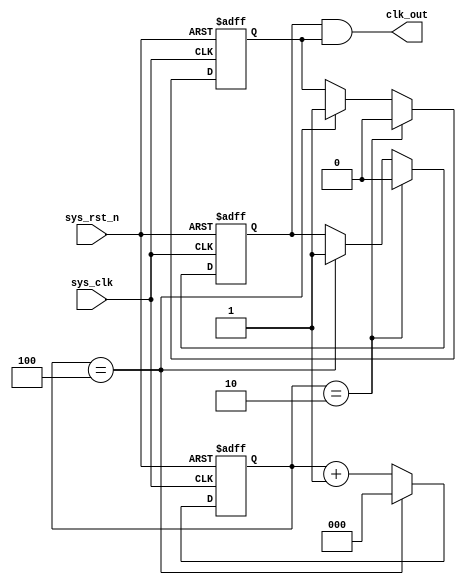
`timescale  1ns/1ns
///////////////////////////////////////////////////////////////////////////
// Module Name   : divider_five
// Project Name  : divider_five
// Target Devices: Altera EP4CE10F17C8N
// Tool Versions : Quartus 13.0
// Description   : 
//
// Revision      : V1.0
// Additional Comments:
// 
// : _Pro_FPGA
//     : http://www.embedfire.com
//     : http://www.firebbs.cn
//     : https://fire-stm32.taobao.com
//////////////////////////////////////////////////////////////////////////


//1
module  divider_five
(
    input   wire    sys_clk     ,   //50Mhz
    input   wire    sys_rst_n   ,   //

    output  wire    clk_out         //5
);

//********************************************************************//
//****************** Parameter and Internal Signal *******************//
//********************************************************************//
//reg   define
reg     [2:0]   cnt;
reg             clk1;
reg             clk2;

//********************************************************************//
//***************************** Main Code ****************************//
//********************************************************************//
//cnt:04
always@(posedge sys_clk or negedge sys_rst_n)
    if(sys_rst_n == 1'b0)
        cnt <= 3'b0;
    else    if(cnt == 3'd4)
        cnt <= 3'b0;
    else
        cnt <= cnt + 1'b1;

//clk1:23
always@(posedge sys_clk or negedge sys_rst_n)
    if(sys_rst_n == 1'b0)
        clk1 <= 1'b1;
    else    if(cnt == 3'd2)
        clk1 <= 1'b0;
    else    if(cnt == 3'd4)
        clk1 <= 1'b1;

//clk2:23
always@(negedge sys_clk or negedge sys_rst_n)
    if(sys_rst_n == 1'b0)
        clk2 <= 1'b1;
    else    if(cnt == 3'd2)
        clk2 <= 1'b0;
    else    if(cnt == 3'd4)
        clk2 <= 1'b1;

//clk_out:550%
assign clk_out = clk1 & clk2;

endmodule

/*
//2
module  divider_five
(
    input   wire    sys_clk     ,   //50Mhz
    input   wire    sys_rst_n   ,   //

    output  reg     clk_flag        //5
);

reg [2:0] cnt;  //

//cnt:04
always@(posedge sys_clk or negedge sys_rst_n)
    if(sys_rst_n == 1'b0)
        cnt <= 3'b0;
    else    if(cnt == 3'd4)
        cnt <= 3'b0;
    else
        cnt <= cnt + 1'b1;

//clk_flag:5
always@(posedge sys_clk or negedge sys_rst_n)
    if(sys_rst_n == 1'b0)
        clk_flag <= 1'b0;
    else    if(cnt == 3'd3)
        clk_flag <= 1'b1;
    else
        clk_flag <= 1'b0;

endmodule

 */